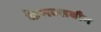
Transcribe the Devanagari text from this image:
केमल्सबौग